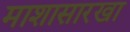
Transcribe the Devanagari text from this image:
माशासारखा